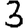
Digit: 3